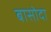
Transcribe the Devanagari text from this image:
बासोदा